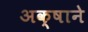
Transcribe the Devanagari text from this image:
अक्षाने